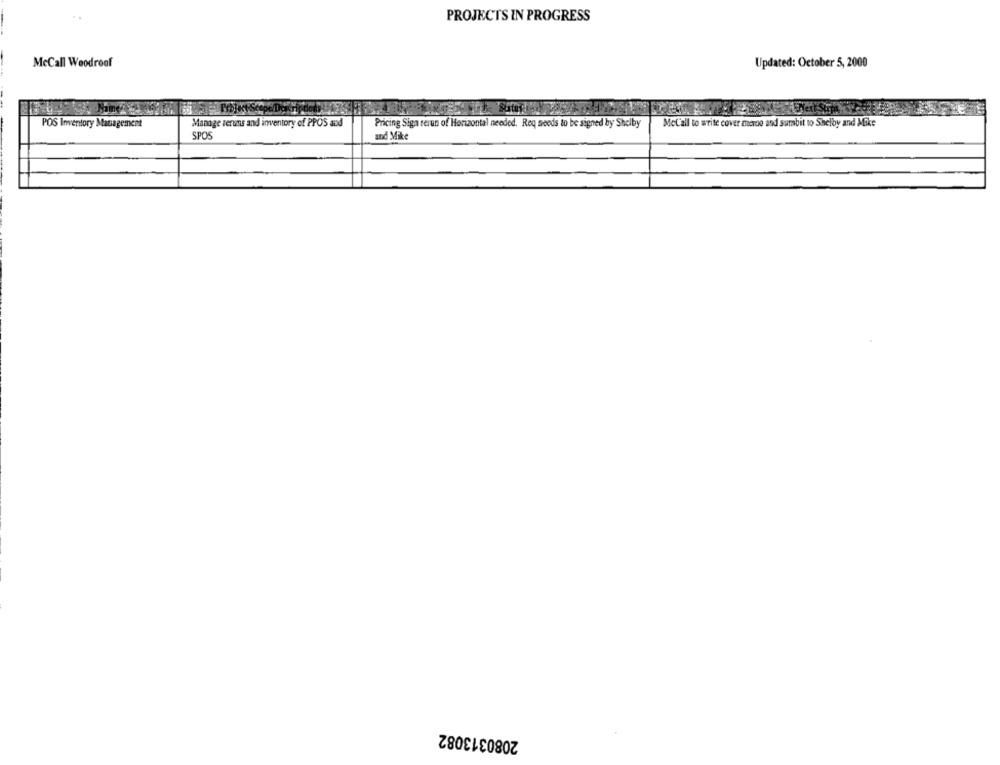
..
PROJECTS IN PROGRESS
McCall Woodroof
Updated: October 5, 2000
Manage seruns and inventory of PPOS and
POS Inventory Management
Pricing Siga rerun of Horizontal needed. Req needs to be signed by Shelby
McCall to write cover merce and surabit to Shelby and Mike
SPOS
and Mike
2080313082